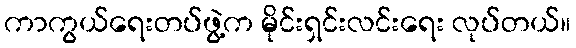
ကာကွယ်ရေးတပ်ဖွဲ့က မိုင်းရှင်းလင်းရေး လုပ်တယ်။